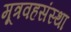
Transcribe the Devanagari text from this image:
मूत्रवहसंस्था